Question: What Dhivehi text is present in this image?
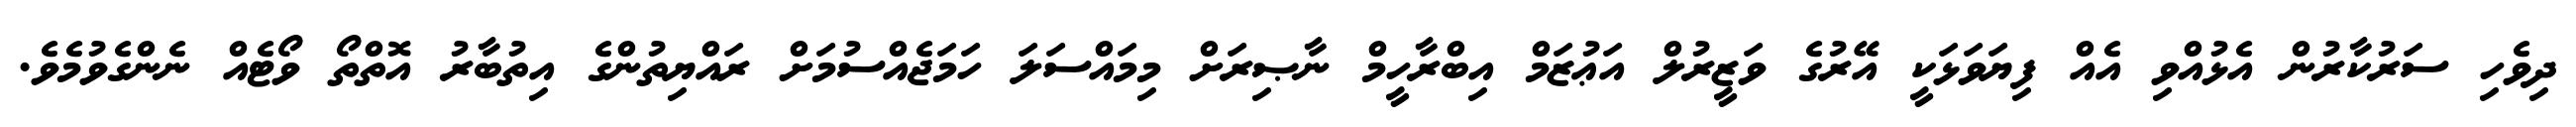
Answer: ދިވެހި ސަރުކާރުން އެޅުއްވި އެއް ފިޔަވަޅަކީ އޭރުގެ ވަޒީރުލް އަޢުޒަމް އިބްރާހީމް ނާޞިރަށް މިމައްސަލަ ހަމަޖެއްސުމަށް ރައްޔިތުންގެ އިތުބާރު އޮތްތޯ ވޯޓެއް ނެންގެވުމެވެ.